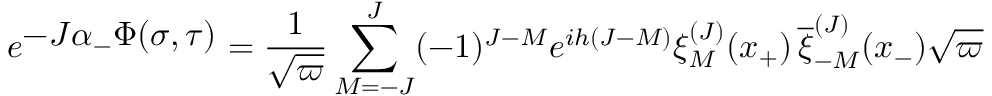
e ^ { \textstyle - J \alpha _ { - } \Phi ( \sigma , \tau ) } = { \frac { 1 } { \sqrt { \varpi } } } \sum _ { M = - J } ^ { J } ( - 1 ) ^ { J - M } e ^ { i h ( J - M ) } \xi _ { M } ^ { ( J ) } ( x _ { + } ) \, { \overline { { \xi } } _ { - M } ^ { ( J ) } } ( x _ { - } ) \sqrt { \varpi }